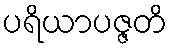
ပရိယာပဇ္ဇတိ